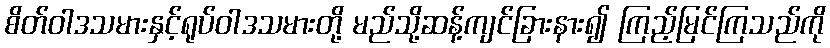
စိတ်ဝါဒသမားနှင့်ရုပ်ဝါဒသမားတို့ မည်သို့ဆန့်ကျင်ခြားနား၍ ကြည့်မြင်ကြသည်ကို